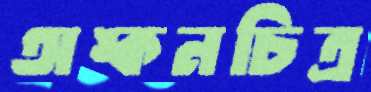
অঙ্কনচিত্র